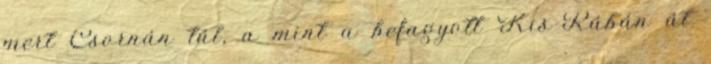
mert Csornán túl, a mint a befagyott Kis-Rábán át